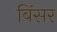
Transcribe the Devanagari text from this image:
बिंसर